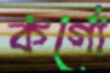
কর্গো